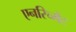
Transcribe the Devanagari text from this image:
एनरिच्मेंट